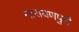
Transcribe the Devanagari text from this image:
नारायणपुरी